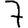
Digit: 7